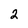
Character: 2